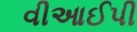
વીઆઈપી